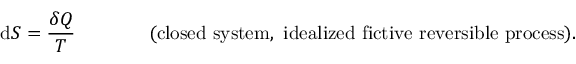
\mathrm { d } S = { \frac { \delta Q } { T } } \, \, \, \, \, \, \, \, \, \, \, \, \, \, \, \, \, \, \, \, \, \, \, { \mathrm { ( c l o s e d ~ s y s t e m , ~ i d e a l i z e d ~ f i c t i v e ~ r e v e r s i b l e ~ p r o c e s s ) } } .